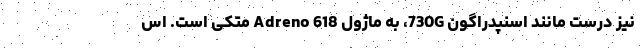
نیز درست‌ مانند اسنپدراگون 730G، به ماژول Adreno 618 متکی است. اس